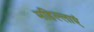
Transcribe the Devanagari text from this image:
महिल्लाएं